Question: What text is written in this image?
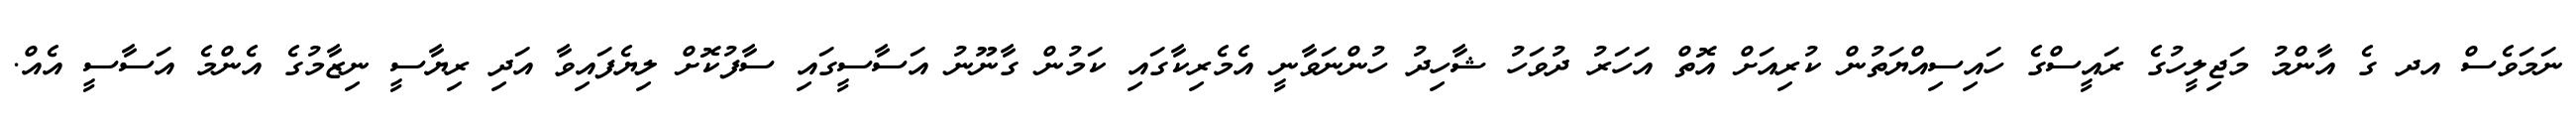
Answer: ނަމަވެސް އދ ގެ އާންމު މަޖިލީހުގެ ރައީސްގެ ހައިސިއްޔަތުން ކުރިއަށް އޮތް އަހަރު ދުވަހު ޝާހިދު ހުންނަވާނީ އެމެރިކާގައި ކަމުން ގާނޫނު އަސާސީގައި ސާފުކޮށް ލިޔެފައިވާ އަދި ރިޔާސީ ނިޒާމުގެ އެންމެ އަސާސީ އެއް.